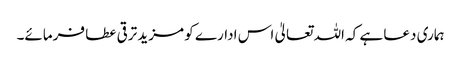
ہماری دعا ہے کہ اللہ تعالیٰ اس ادارے کو مزید ترقی عطا فرمائے۔